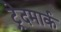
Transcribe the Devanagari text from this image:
ट्रेदमार्क